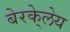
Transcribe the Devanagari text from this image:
बेरके्लेय